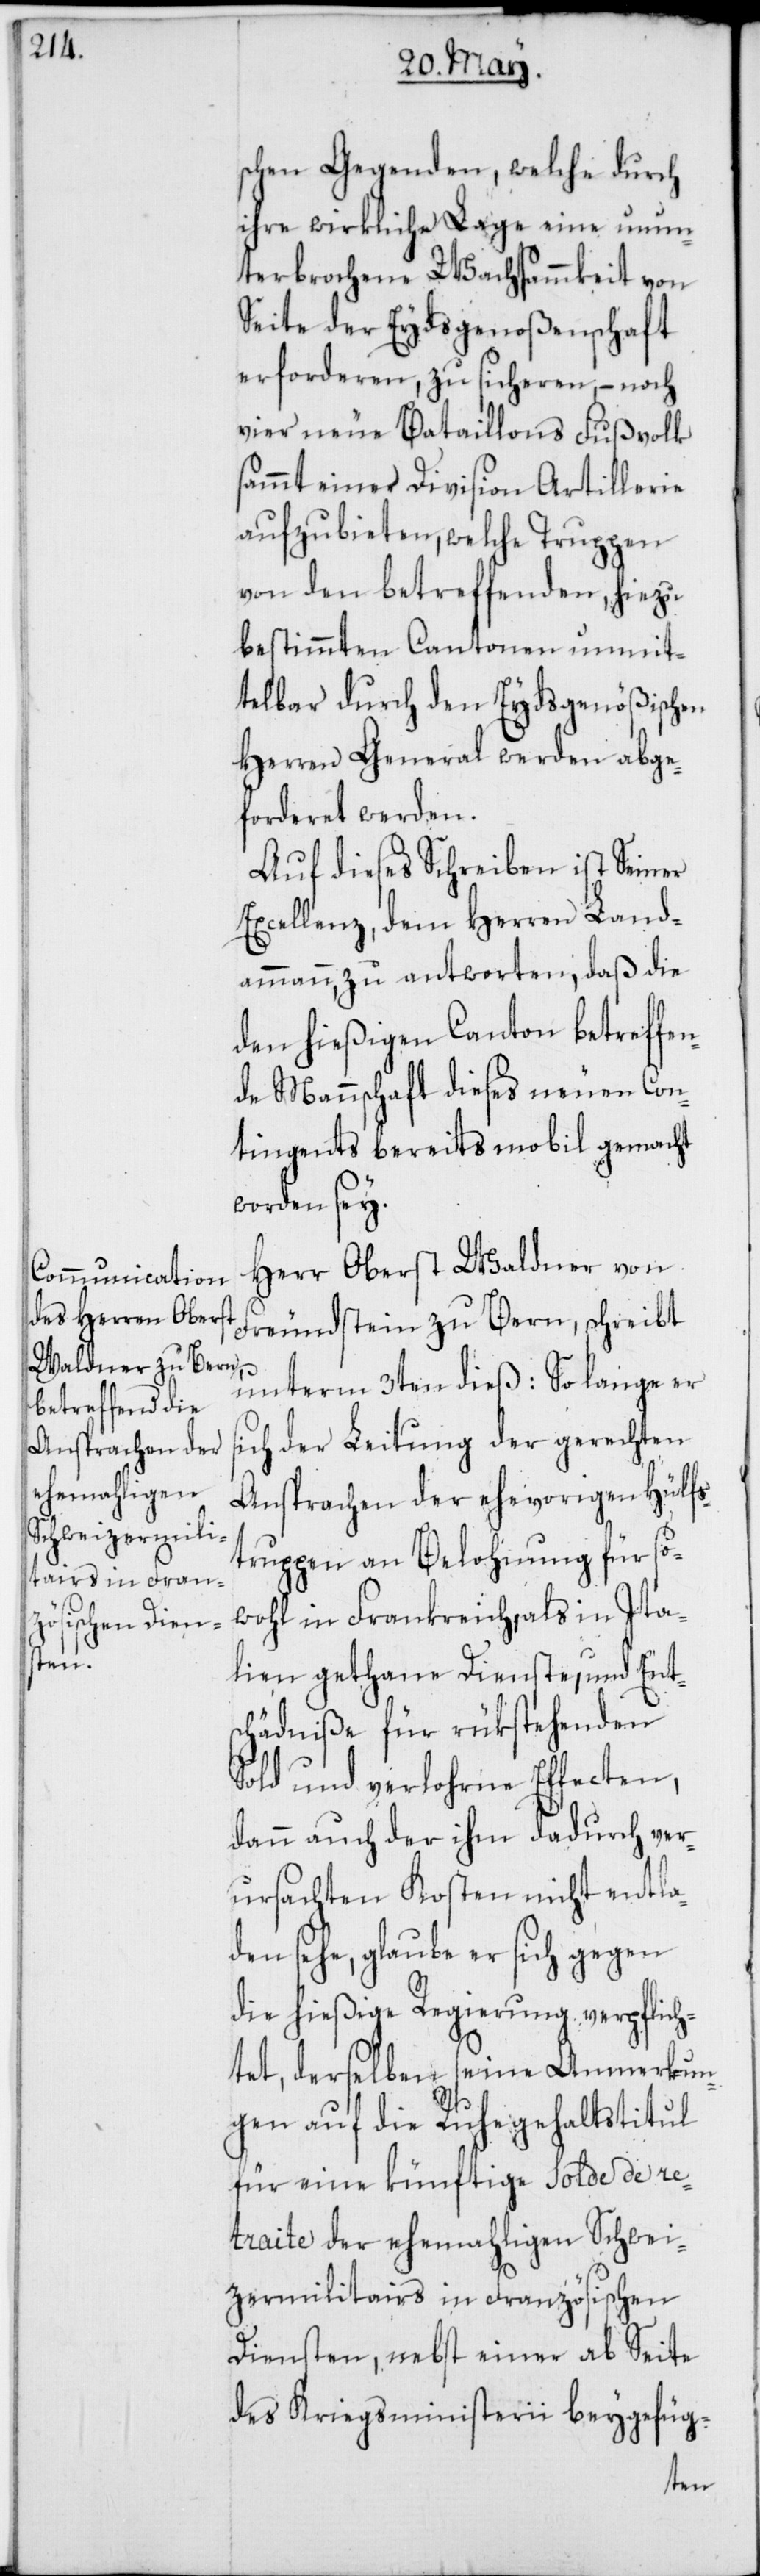
schen Gegenden, welche durch
ihre wirkliche Lage eine unun¬
terbrochene Wachsammkeit von
Seite der Eydsgenoßenschaft
erforderen, zu sicheren, – noch
vier neue Bataillons Fußvolk
sammt einer Division Artillerie
aufzubieten, welche Truppen
von den betreffenden, hiezu
bestimmten Cantonen unmit¬
telbar durch den Eydsgenößischen
Herren General werden abge¬
forderet werden.
Auf dieses Schreiben ist Seiner
Excellenz, dem Herren Land¬
ammann zu antworten, daß die
den hießigen Canton betreffen¬
de Mannschaft dieses neuen Con¬
tingents bereits mobil gemacht
worden sey.
Herr Oberst Waldner von
Freundstein zu Bern, schreibt
unterm 3ten dieß: So lange er
sich der Leitung der gerechten
Ansprachen der ehevorigen Hülfs¬
truppen an Belohnung für so¬
wohl in Frankreich, als in Ita¬
lien gethane Dienste, und Ents¬
chädniße für rükstehenden
Sold und verlohrne Effecten,
dann auch der ihm dadurch ver¬
ursachten Kosten nicht entla¬
den sehe, glaube er sich gegen
die hießige Regierung verpflich¬
tet, derselben seine Anmerkun¬
gen auf die Ruhegehaltstitul
für eine künftige Solde de re¬
traite der ehemahligen Schwei¬
zermilitairs in Französischen
Diensten, nebst einer ab Seite
des Kriegsministerii beygefüg-